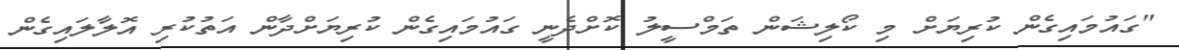
"ގައުމައިގެން ކުރިޔަށް މި ކޯލިޝަން ތަމްސީލު ކޮށްދެނީ ގައުމައިގެން ކުރިޔަށްދާން އަތުކުރި އޮލާލައިގެން